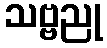
သဗ္ဗညု